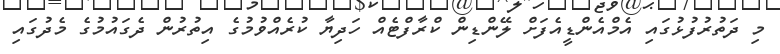
މި ދަތުރުފުޅުގައި އެމްއެންޑީއެފަށް ލޭންޑިން ކްރާފްޓެއް ހަދިޔާ ކުރެއްވުމުގެ އިތުރުން ދެގައުމުގެ މެދުގައި